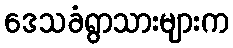
ဒေသခံရွာသားများက